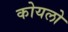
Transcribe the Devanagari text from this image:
कोयलो